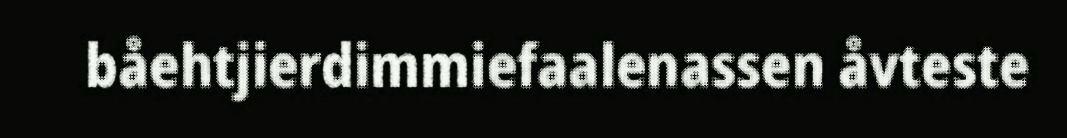
båehtjierdimmiefaalenassen åvteste